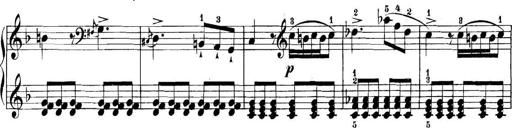
Title: 11 Sonatinas
Composer: Anton Diabelli